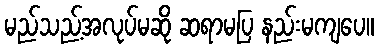
မည်သည့်အလုပ်မဆို ဆရာမပြ နည်းမကျပေ။